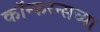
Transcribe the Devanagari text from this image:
कॉन्फरन्सच्या